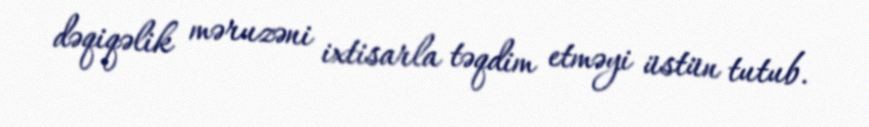
dəqiqəlik məruzəni ixtisarla təqdim etməyi üstün tutub.